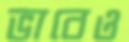
ভাবেও